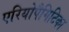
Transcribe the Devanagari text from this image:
एरियोपैगिटिका